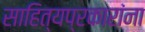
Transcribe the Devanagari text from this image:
साहित्यप्रकारांना